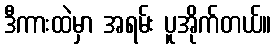
ဒီကားထဲမှာ အရမ်း ပူအိုက်တယ်။